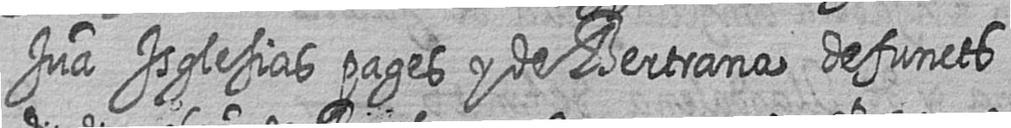
Jua Isglesias pages y de Bertrana defuncts